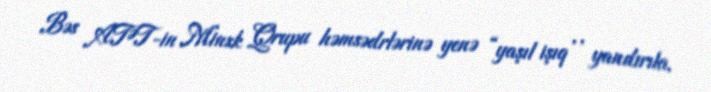
Bəs ATƏT-in Minsk Qrupu həmsədrlərinə yenə “yaşıl işıq’’ yandırıla,